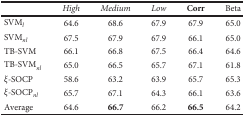
|  | High | Medium | Low | Corr | Beta |
 | --- | --- | --- | --- | --- | --- |
 | SVMl | 64.6 | 68.6 | 67.9 | 67.9 | 65.0 |
 | SVMnl | 67.5 | 67.9 | 67.9 | 66.1 | 65.0 |
 | TB-SVM | 66.1 | 66.8 | 67.5 | 66.4 | 64.6 |
 | TB-SVMnl | 65.0 | 66.5 | 65.7 | 67.1 | 61.8 |
 | ξ-SOCP | 58.6 | 63.2 | 63.9 | 65.7 | 65.3 |
 | ξ-SOCPnl | 65.7 | 67.1 | 64.3 | 66.1 | 63.6 |
 | Average | 64.6 | 66.7 | 66.2 | 66.5 | 64.2 |